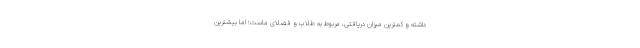
داشته و کمترین میزان دریافتی، مربوط به طلاب و فضلای ماست؛ اما بیشترین